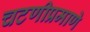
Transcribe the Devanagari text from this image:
चटणीप्रमाणे